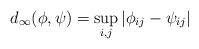
LaTeX: \begin{align*}d_\infty(\phi, \psi)=\sup_{i,j} \left| \phi_{ij}-\psi_{ij}\right|\end{align*}